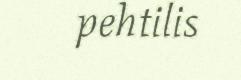
pehtilis